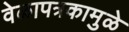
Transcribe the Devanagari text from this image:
वेळापत्रकामुळे